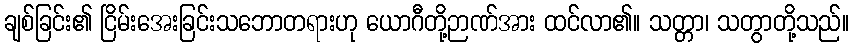
ချစ်ခြင်း၏ ငြိမ်းအေးခြင်းသဘောတရားဟု ယောဂီတို့ဉာဏ်အား ထင်လာ၏။ သတ္တာ၊ သတွာတို့သည်။